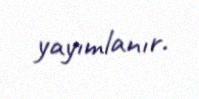
yayımlanır.